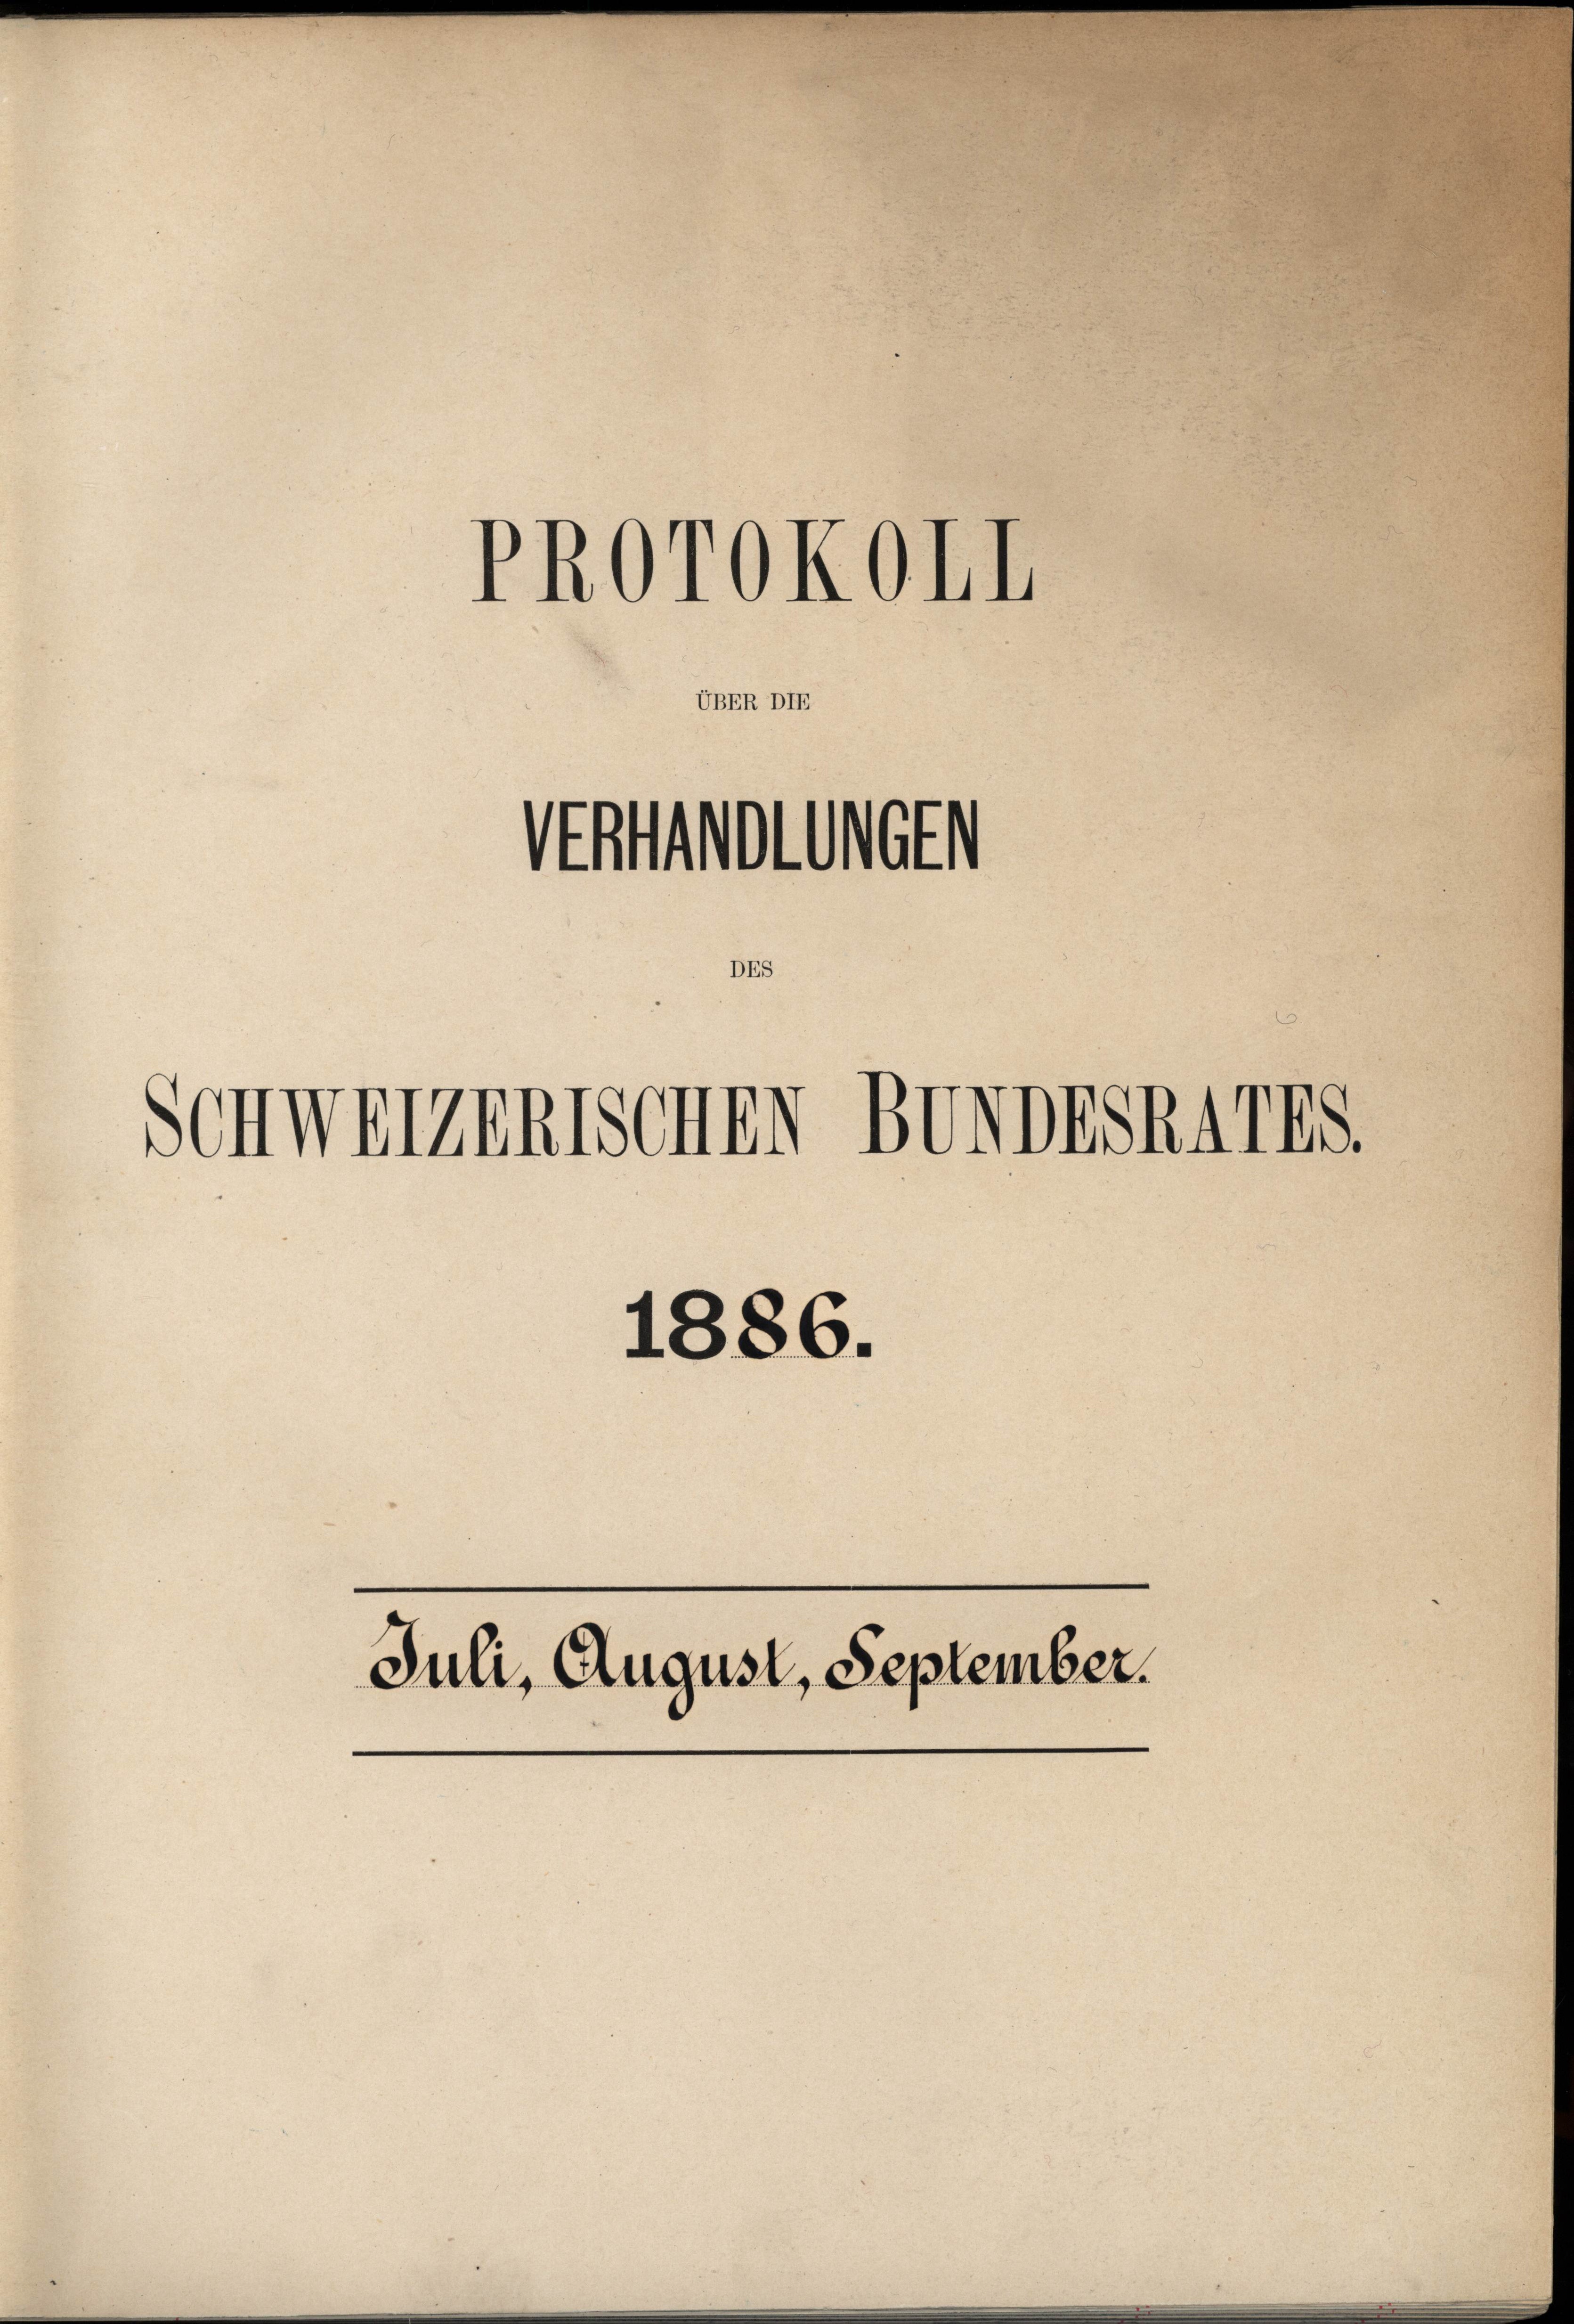
UBER DIE

PROTOKOLL

Katholungen

DES

Schweizerischen BonDESRAIES.

1886.
Juli, August, September.